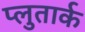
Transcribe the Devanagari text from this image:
प्लुतार्क